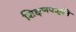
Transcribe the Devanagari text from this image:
शिक्षणपद्धति